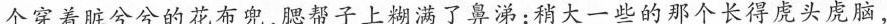
个穿着脏兮兮的花布兜,腮帮子上糊满了鼻涕:稍大一些的那个长得虎头虎脑